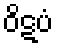
ဝိဋပံ